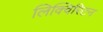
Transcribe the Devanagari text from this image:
लिक्विरिटन